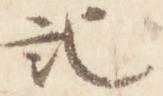
記